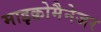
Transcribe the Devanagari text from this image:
माइक्रोमैनेजर